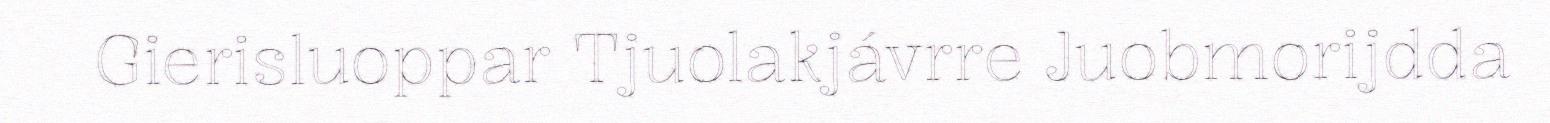
Gierisluoppar Tjuolakjávrre Juobmorijdda